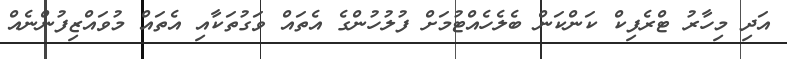
އަދި މިހާރު ޓްރެފިކް ކަންކަން ބެލެހެއްޓުމަށް ފުލުހުންގެ އެތައް ވަގުތަކާއި އެތައް މުވައްޒިފުންނެއް